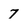
Character: 7